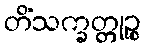
တိံသက္ခတ္တုဉ္စ